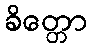
ခိတ္တော